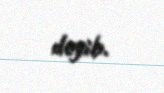
deyib.